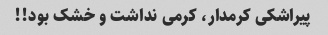
پیراشکی کرمدار، کرمی نداشت و خشک بود!!